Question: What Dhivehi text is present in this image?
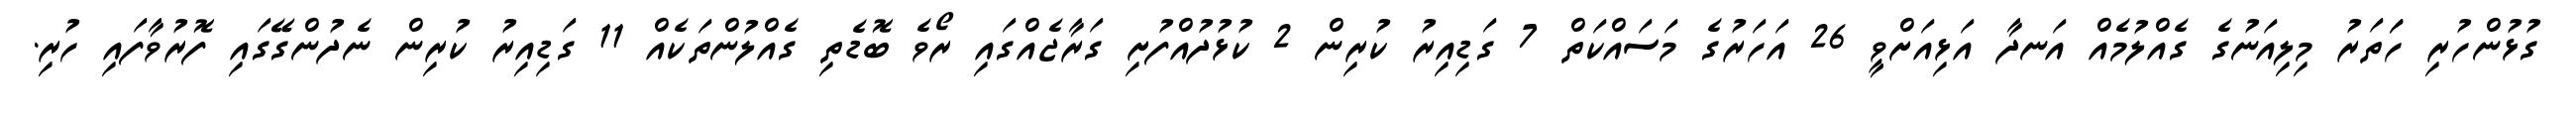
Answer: ގުޅުންހުރި ހަަތަރު މިލިއަނުގެ ގެއްލުމެއް އަނދާ އަޅިއަށްވީ 26 އަހަރުގެ މަސައްކަތް 7 ގަޑިއިރު ކުރިން 2 ކުޅުދުއްފުށި ގަރާޖެއްގައި ރޯވެ ބޮޑެތި ގެއްލުންތަކެއް 11 ގަޑިއިރު ކުރިން ނެދުންގޭގައި ފޮރުވާފައި ހުރި.